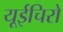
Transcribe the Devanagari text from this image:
यूईचिरो